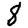
Digit: 8